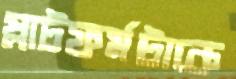
প্লাটফর্মটাকে